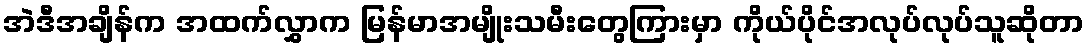
အဲဒီအချိန်က အထက်လွှာက မြန်မာအမျိုးသမီးတွေကြားမှာ ကိုယ်ပိုင်အလုပ်လုပ်သူဆိုတာ